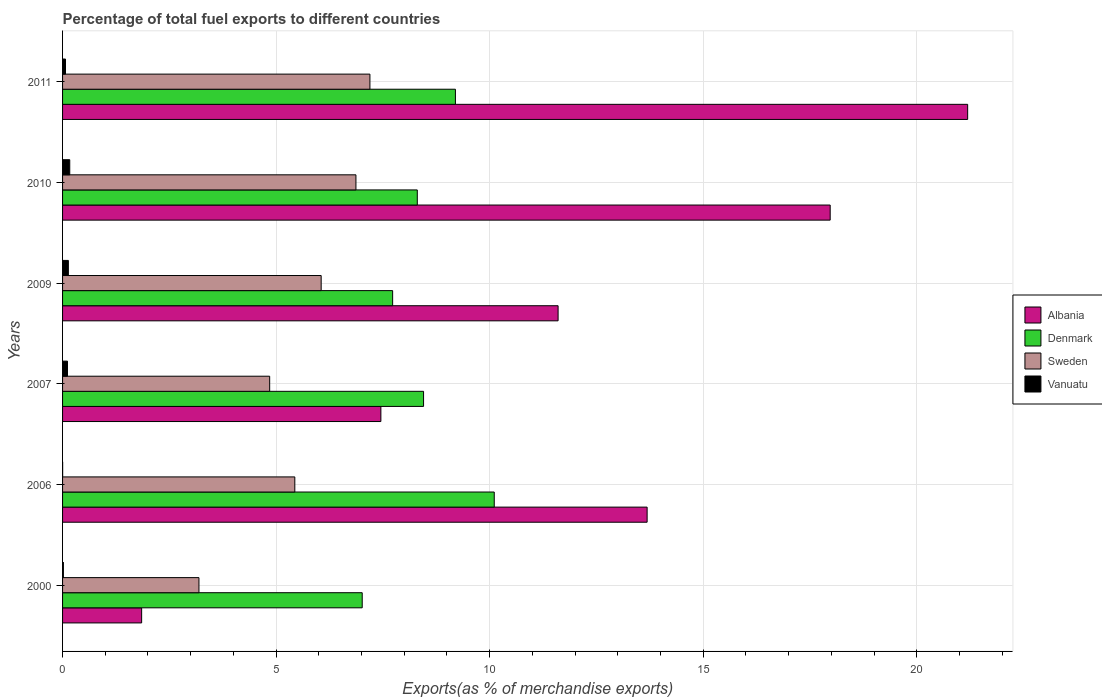
| Years | Albania | Denmark | Sweden | Vanuatu |
 | --- | --- | --- | --- | --- |
 | 2000 | 1.85 | 7.02 | 3.19 | 0.0196 |
 | 2006 | 13.7 | 10.1 | 5.44 | 0.00186 |
 | 2007 | 7.45 | 8.45 | 4.85 | 0.115 |
 | 2009 | 11.6 | 7.73 | 6.05 | 0.136 |
 | 2010 | 18 | 8.31 | 6.87 | 0.168 |
 | 2011 | 21.2 | 9.2 | 7.2 | 0.0688 |